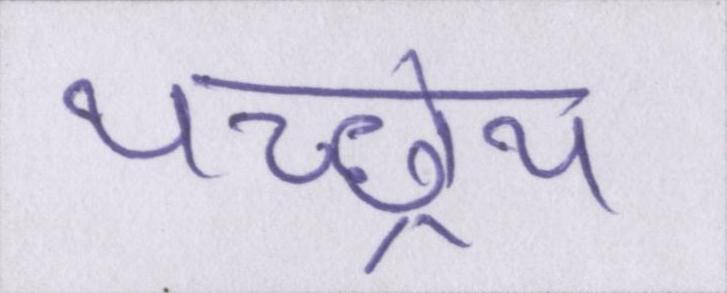
यच्छ्रेय